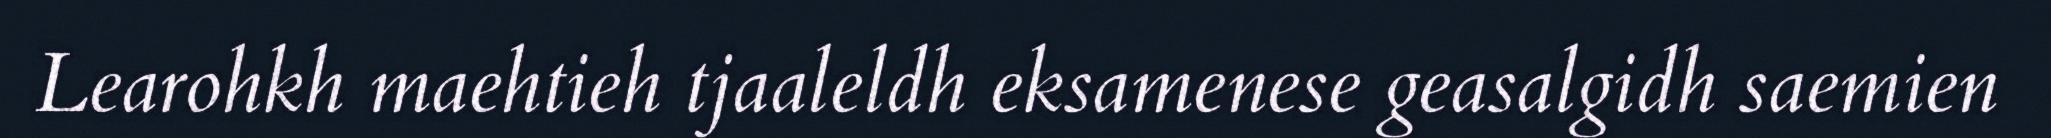
Learohkh maehtieh tjaaleldh eksamenese geasalgidh saemien